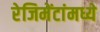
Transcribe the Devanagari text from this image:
रेजिमेंटांमध्ये